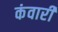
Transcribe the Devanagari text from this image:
कंवारी